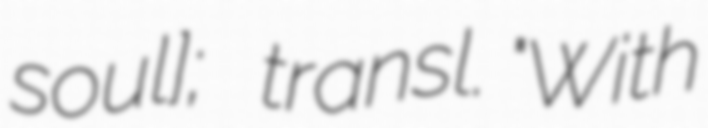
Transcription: ˈsouːl]; transl. "With